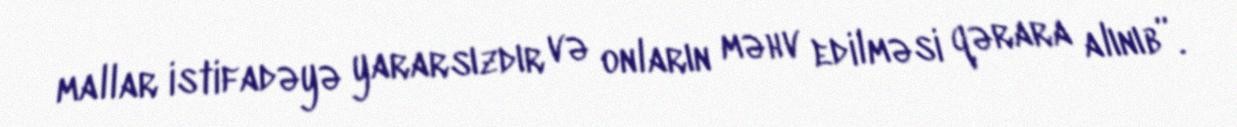
mallar istifadəyə yararsızdır və onların məhv edilməsi qərara alınıb”.